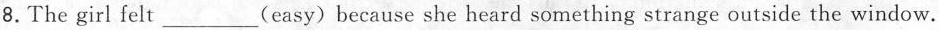
8. The girl felt ___(easy) because she heard something strange outside the window.